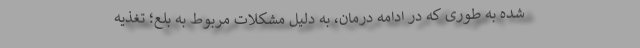
شده به طوری که در ادامه درمان، به دلیل مشکلات مربوط به بلع؛ تغذیه